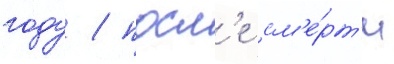
году / посл'е см'е́рт'и